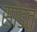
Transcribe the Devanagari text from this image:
सांडत